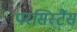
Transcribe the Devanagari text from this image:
परसिस्टैंस